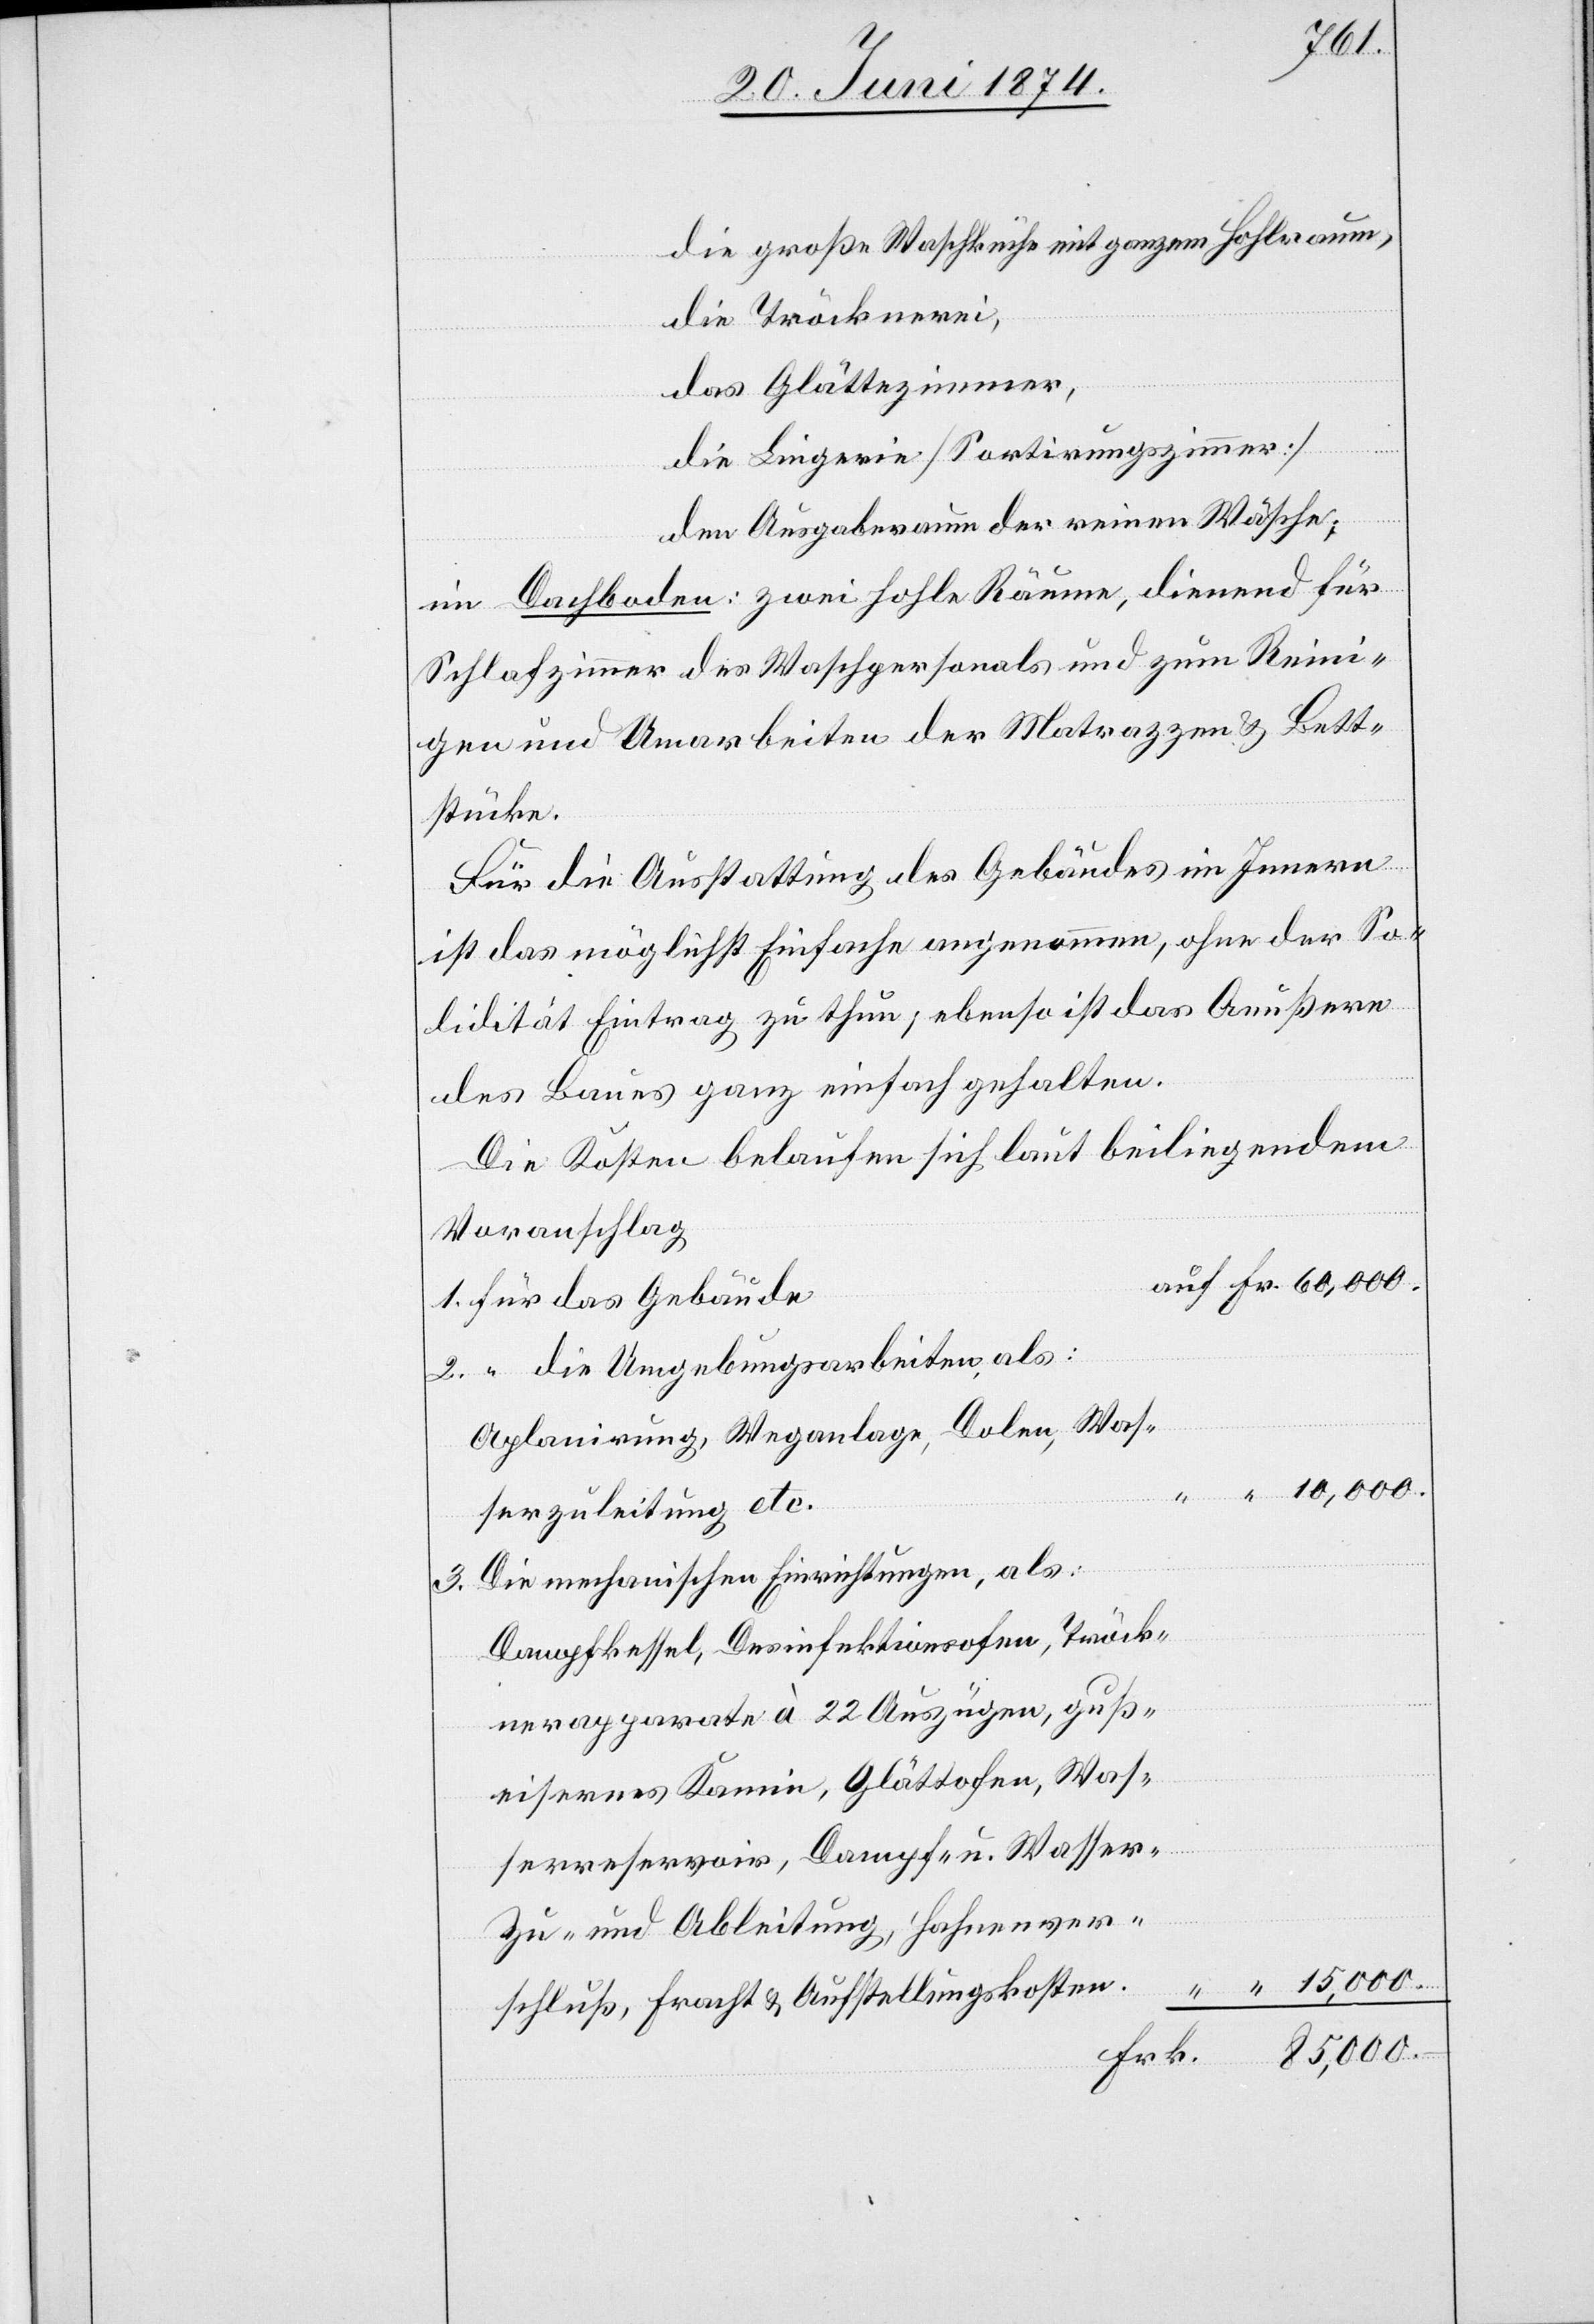
2.
guß¬
die große Waschküche mit ganzem Hohlraum
die Tröcknerei,
das Glättezimmer,
die Lingerie [Sortierungszimmer]
den Ausgabraum der reinen Wäsche;
im Dachboden: zwei hohle Räume, dienend für
Schlafzimmer des Waschpersonals und zum Reini¬
gen und Umarbeiten der Matrazzen u. Bett¬
stücke.
Für die Ausstattung des Gebäudes im Innern
ist das möglichst Einfache angenommen, ohne der So¬
lidität Eintrag zu thun, ebenso ist das Aeußere
des Baues ganz einfach gehalten.
Die Kosten belaufen sich laut beiliegendem
Voranschlag
die Umgebungsarbeiten, als:
Aplanirung, Weganlage, Dolen, Was¬
serzuleitung etc.
Die mechanischen Einrichtungen, als.
Dampfkessel, Desinfektionsofen, Tröck¬
nerapparate à 22 Auszügen,
eisernes Kamin, Glättofen, Was¬
serreservoir, Dampf- u. Wasser-
Zu- und Ableitung, Hahnenver¬
15,000.
schluß, Fracht u. Aufstellungskosten.